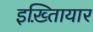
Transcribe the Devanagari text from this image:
इख़्तिायार